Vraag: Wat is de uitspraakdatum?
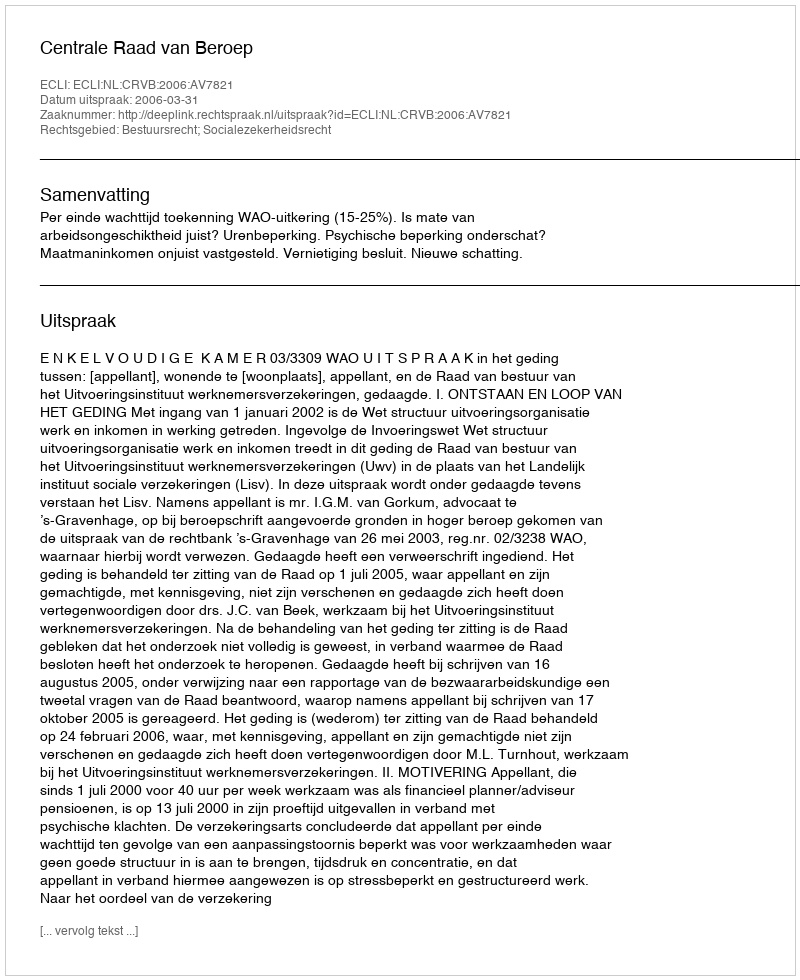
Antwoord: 2006-03-31